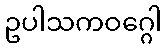
ဥပါသကဝဂ္ဂေါ